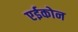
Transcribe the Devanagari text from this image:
एईकोन